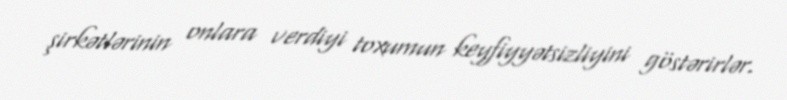
şirkətlərinin onlara verdiyi toxumun keyfiyyətsizliyini göstərirlər.